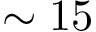
\sim 1 5